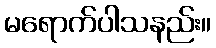
မရောက်ပါသနည်း။